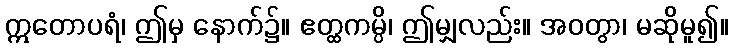
ဣတောပရံ၊ ဤမှ နောက်၌။ ဧတ္ထကမ္ပိ၊ ဤမျှလည်း။ အဝတွာ၊ မဆိုမူ၍။